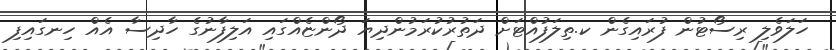
ހަލަވެލި ރިސޯޓުން ފުރައިގެން ކ.ތިލަފުއްޓަށް ދަތުރުކުރަމުންދިޔަ ދޯންޏެއްގައި އަލިފާނުގެ ހާދިސާ އެއް ހިނގައިފި